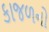
કાજળનો